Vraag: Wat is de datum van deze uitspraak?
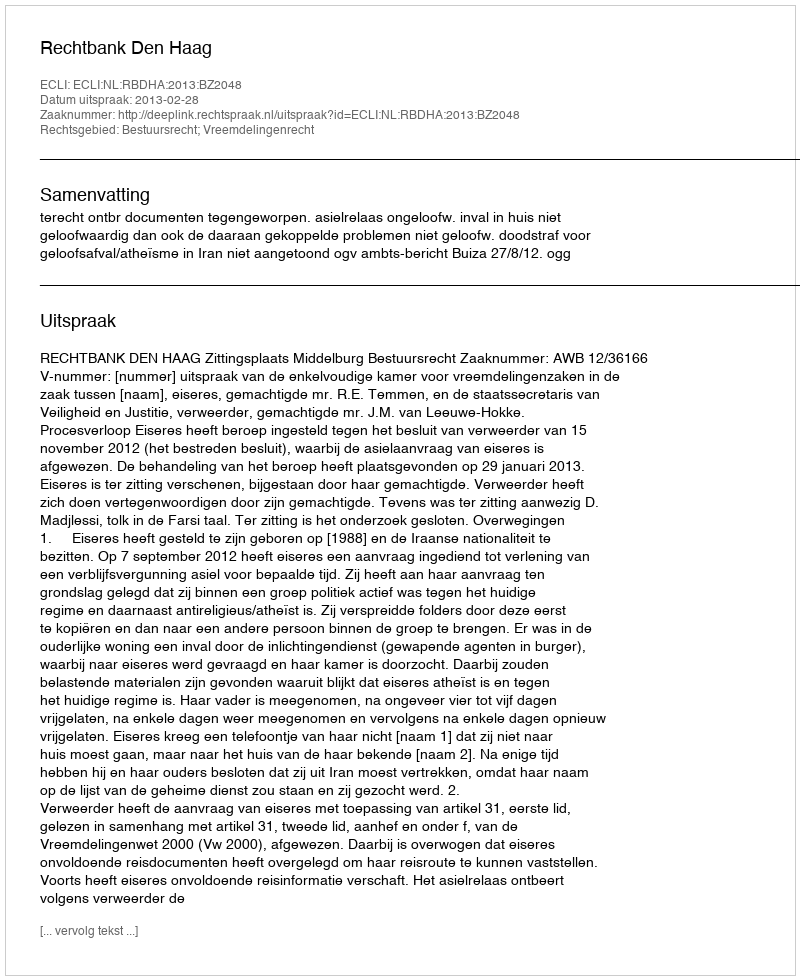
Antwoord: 2013-02-28